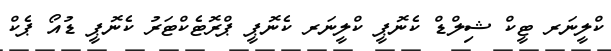
ކްލީނަރ ޓީކް ޝިލްޑް ކެނޮޕީ ކްލީނަރ ކެނޮޕީ ޕްރޮޓެކްޓަރު ކެނޮޕީ ޑުއޯ ޕެކް